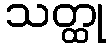
သတ္ထု